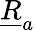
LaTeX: \underline{{R}}_{a}